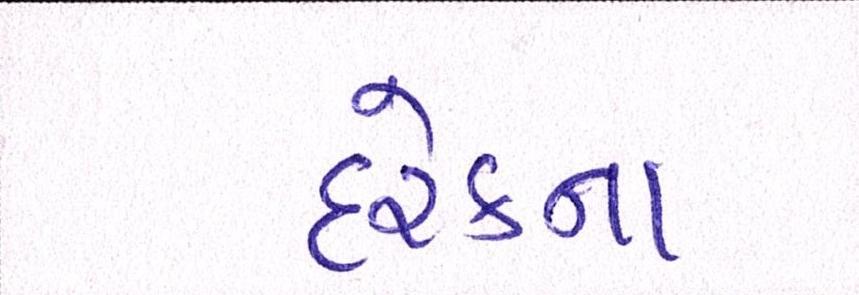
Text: દરેકના